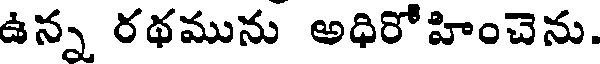
ఉన్న రథమును అధిరో హించెను.